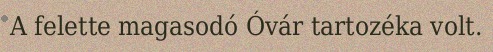
A felette magasodó Óvár tartozéka volt.